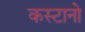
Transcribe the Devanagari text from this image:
कस्टानो